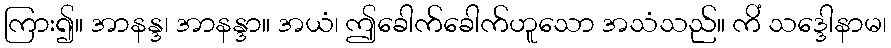
ကြား၍။ အာနန္ဒ၊ အာနန္ဒာ။ အယံ၊ ဤခေါက်ခေါက်ဟူသော အသံသည်။ ကိံ သဒ္ဒေါနာမ၊